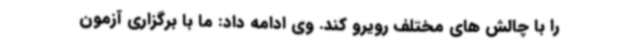
را با چالش های مختلف رویرو کند. وی ادامه داد: ما با برگزاری آزمون